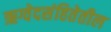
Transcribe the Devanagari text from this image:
ऋग्वेदसंहितेतील